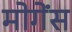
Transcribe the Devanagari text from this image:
मोगेंस